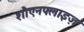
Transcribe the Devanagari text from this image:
शौएनफ्लाइज़